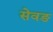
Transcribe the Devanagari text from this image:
सेवङ